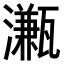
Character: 𤁦